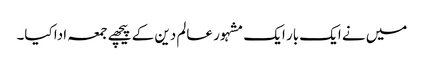
میں نے ایک بار ایک مشہور عالم دین کے پیچھے جمعہ ادا کیا۔